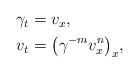
LaTeX: \begin{align*} \begin{aligned} \gamma_t&= v_x, \\ v_t &= \big( \gamma^{-m} v_x^n\big)_x, \end{aligned}\end{align*}